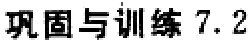
巩固与训练 7.2